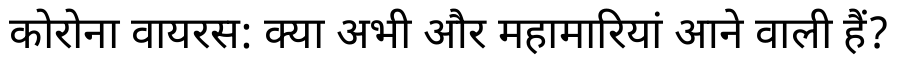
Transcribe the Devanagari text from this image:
कोरोना वायरस: क्या अभी और महामारियां आने वाली हैं?